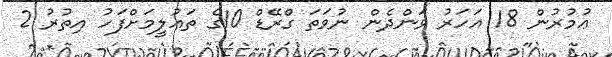
ޢުމުރުން 18 އަހަރު ވަންދެން ނުވަތަ ގްރޭޑް 10ގެ ތަޢުލީމަށްފަހު އިތުރު 2